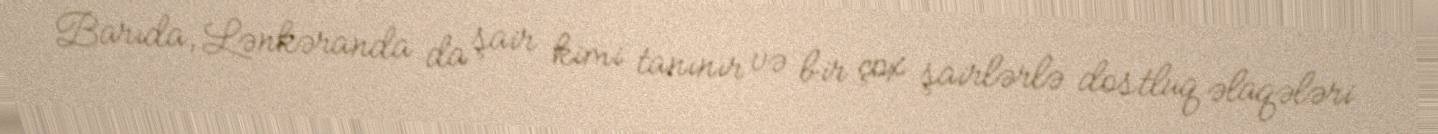
Barıda, Lənkəranda da şair kimi tanınır və bir çox şairlərlə dostluq əlaqələri